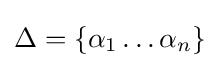
\Delta =\{\alpha _{1}\ldots \alpha _{n}\}